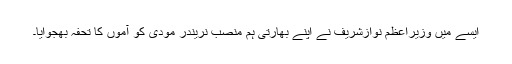
ایسے میں وزیراعظم نوازشریف نے اپنے بھارتی ہم منصب نریندر مودی کو آموں کا تحفہ بھجوایا۔